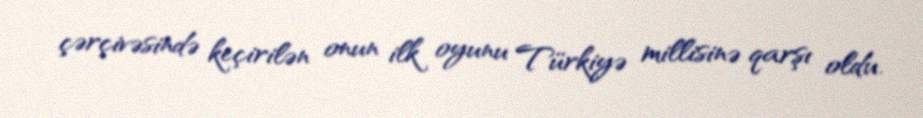
çərçivəsində keçirilən onun ilk oyunu Türkiyə millisinə qarşı oldu.